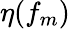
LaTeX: \eta(f_{m})